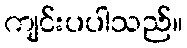
ကျင်းပပါသည်။